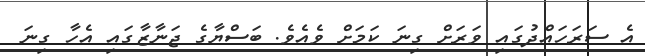
އެ ސަރަހައްދުގައި ވަރަށް ގިނަ ކަމަށް ވެއެވެ. ބަސްޔާގެ ޖަނާޒާގައި އެހާ ގިނަ